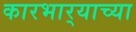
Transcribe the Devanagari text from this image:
कारभार्‍याच्या